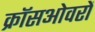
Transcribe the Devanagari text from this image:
क्रॉसओवरों